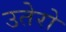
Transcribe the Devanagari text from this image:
उतेरो